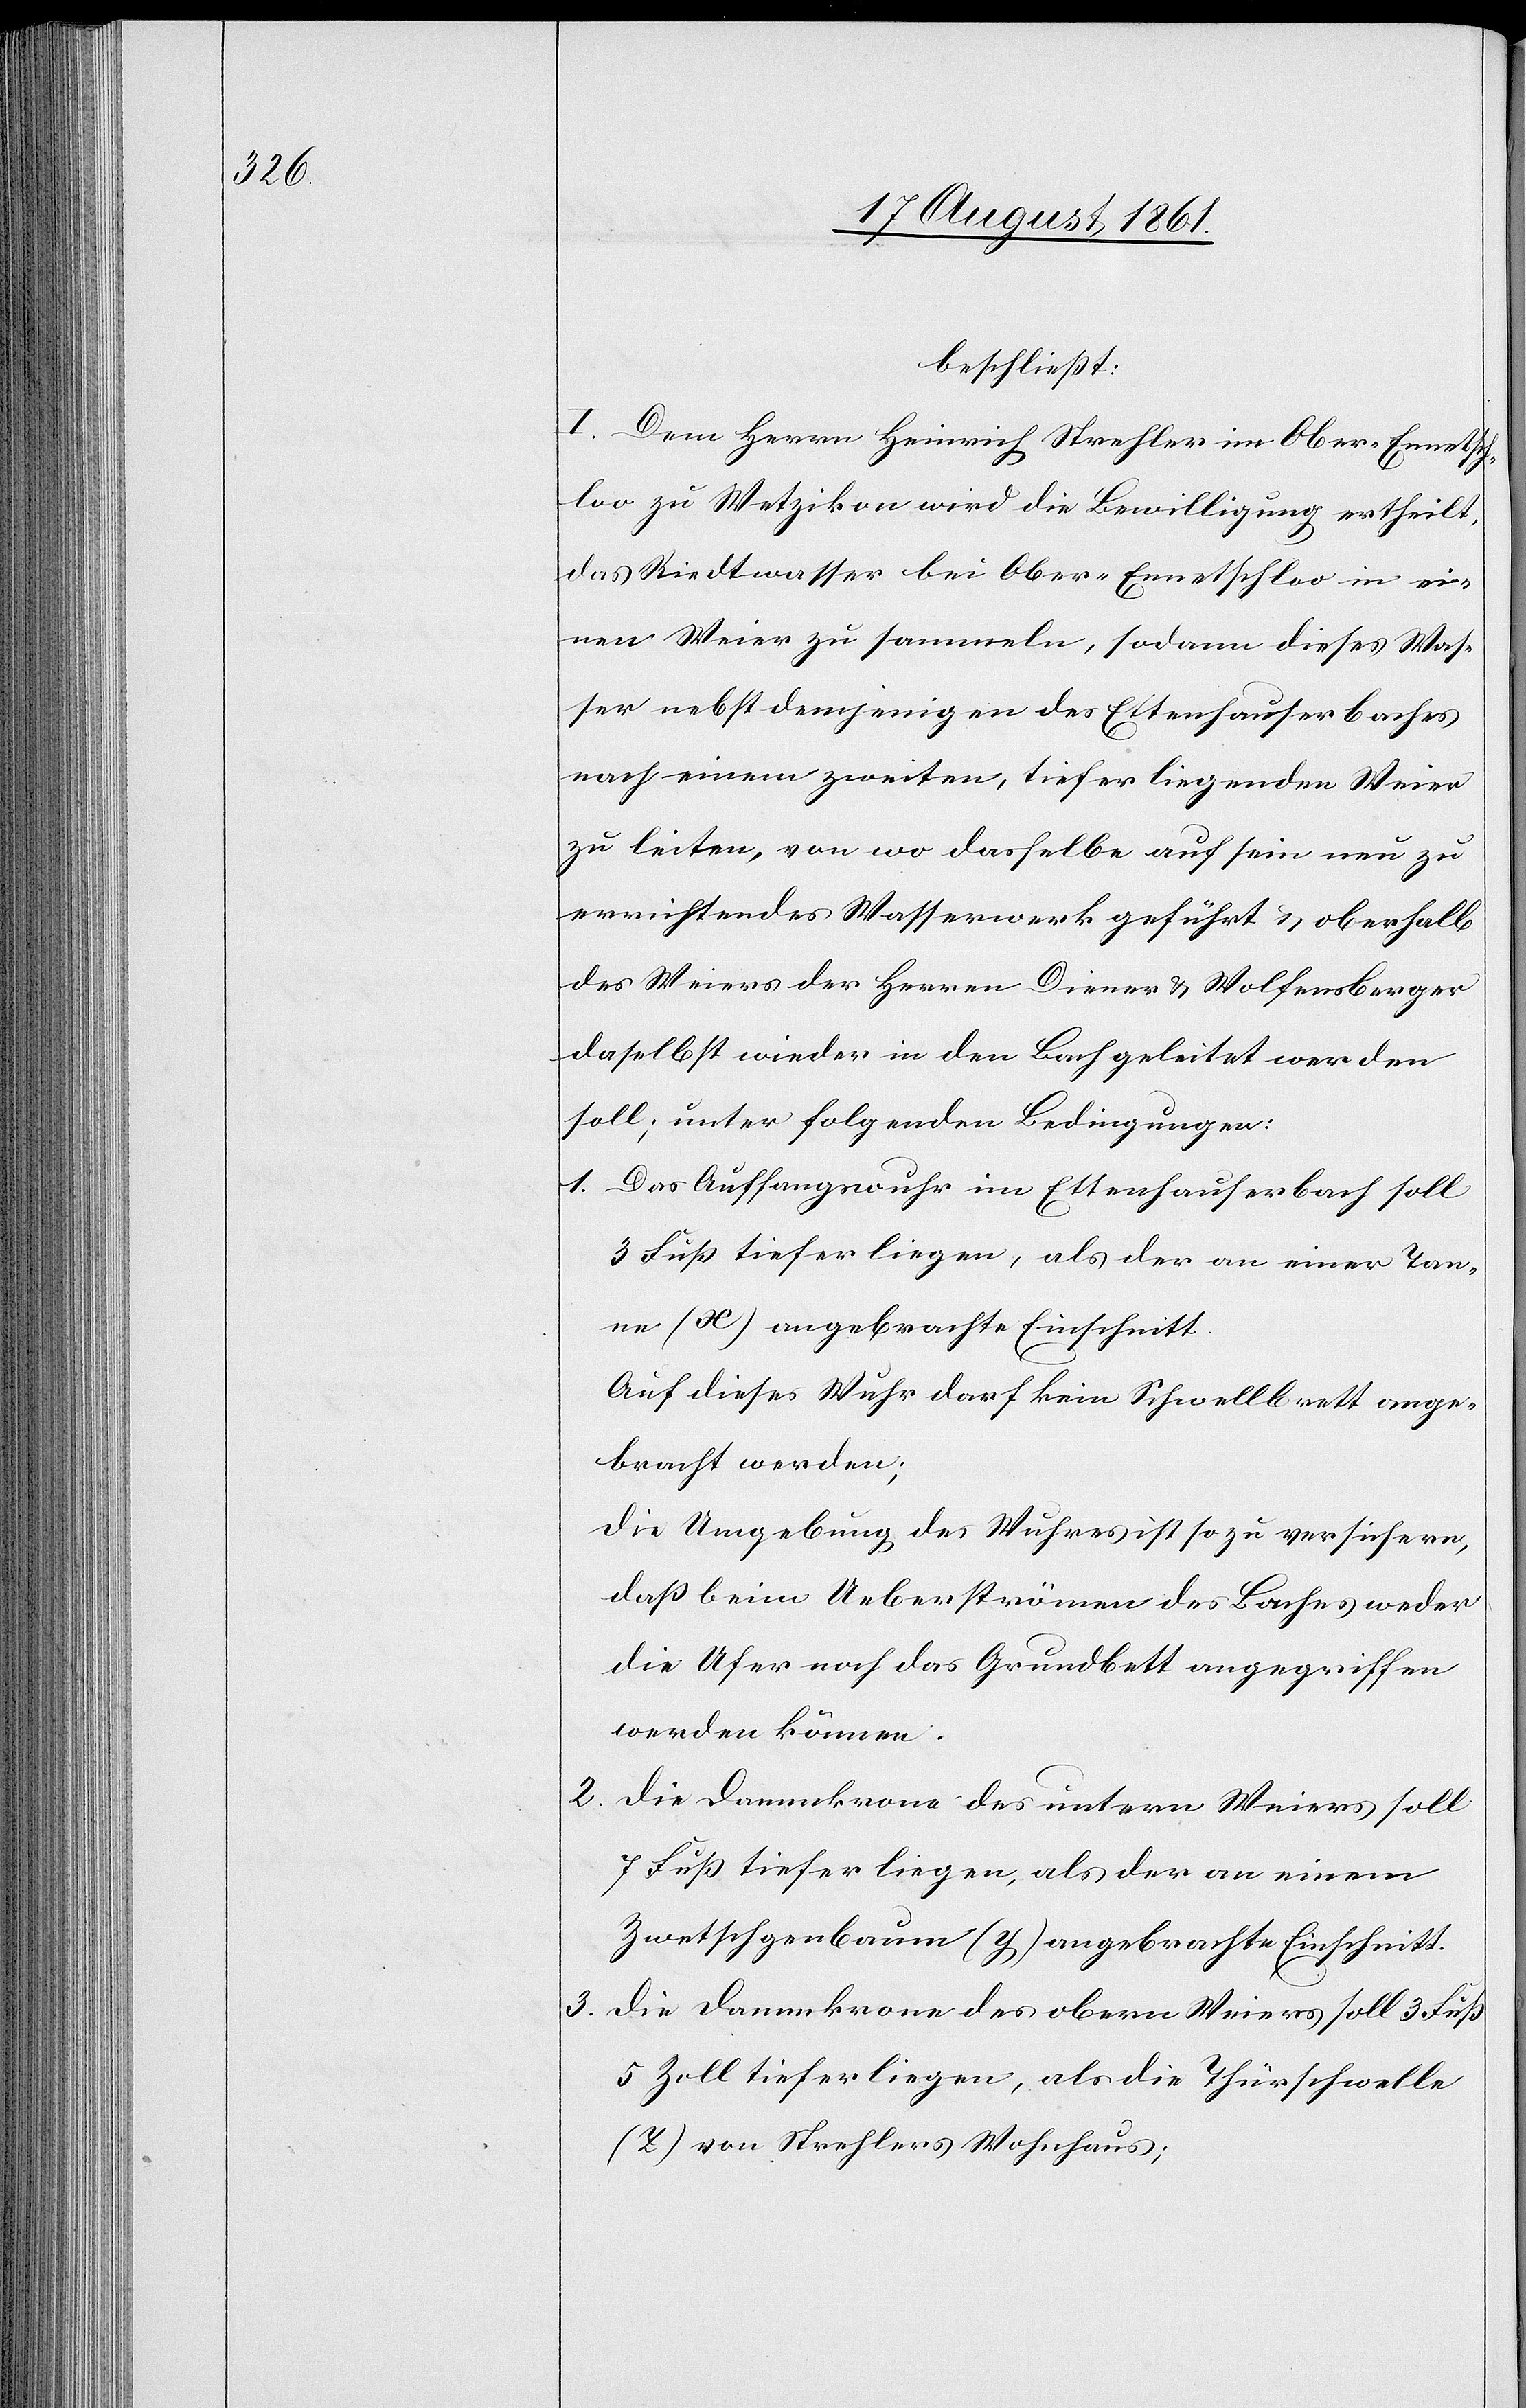
beschließt:
I. Dem Herrn Heinrich Strehler im Ober-Ennetsch¬
loo zu Wetzikon wird die Bewilligung ertheilt,
das Riedtwasser bei Ober-Ennetschloo in ei¬
nen Weier zu sammeln, sodann dieses Was¬
ser nebst demjenigen des Ettenhauserbaches
nach einem zweiten, tiefer liegenden Weier
zu leiten, von wo dasselbe auf sein neu zu
errichtendes Wasserwerk geführt u. oberhalb
des Weiers der Herren Diener u. Wolfensberger
daselbst wieder in den Bach geleitet werden
soll; unter folgenden Bedingungen:
1. Das Auffangswuhr im Ettenhauserbach soll
3 Fuß tiefer liegen, als der an einer Tan¬
ne (x) angebrachte Einschnitt.
Auf dieses Wuhr darf kein Schwellbrett ange¬
bracht werden;
Die Umgebung des Wuhres ist so zu versichern,
daß beim Ueberströmen des Baches weder
die Ufer noch das Grundbett angegriffen
werden können.
2. Die Dammkrone des untern Weiers soll
7 Fuß tiefer liegen, als der an einem
Zwetschgenbaum (y) angebrachte Einschnitt.
3. Die Dammkrone des obern Weiers soll 3 Fuß
5 Zoll tiefer liegen, als die Thürschwelle
(z) von Strehlers Wohnhaus;